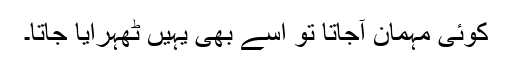
کوئی مہمان آجاتا تو اسے بھی یہیں ٹھہرایا جاتا۔